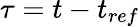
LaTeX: \tau=t-t_{ref}